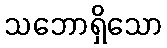
သဘောရှိသော